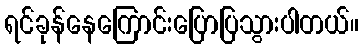
ရင်ခုန်နေကြောင်းပြောပြသွားပါတယ်။